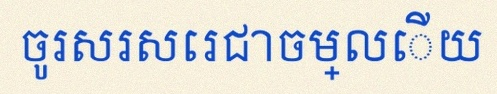
ចូរសរសេរជាចម្លើយ